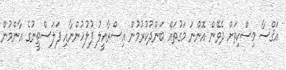
އަޤްސާ މިސްކިތަށް ދެވޭން އޮންނަ މަގުތައް ބަންދުކުރުމުން އިސްރާއީލު ފުލުހުންނާއި ފަލަސްތީނުގެ އާންމުން